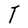
Character: T